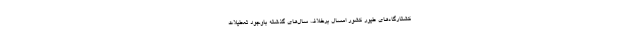
کشتارگاه‌های طیور کشور امسال برخلاف سال‌های گذشته باوجود تعطیلات